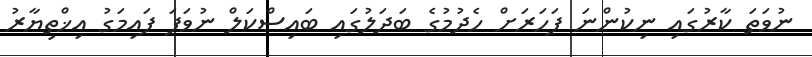
ނުވަތަ ކާރުގައި ނިކުންނަ ފަހަރަށް ހެދުމުގެ ބަދަލުގައި ބައިސްކަލް ނުވަފަ ފައިމަގު އިޚްތިޔާރު